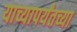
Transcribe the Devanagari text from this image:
याच्यापर्यंतच्या